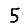
Digit: 5